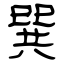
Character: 巽